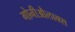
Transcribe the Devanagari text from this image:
गोनीऔलाक्स